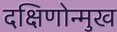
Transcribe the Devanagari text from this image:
दक्षिणोन्मुख